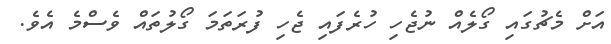
އަށް މެޗުގައި ގޯލެއް ނުޖެހި ހުރެފައި ޖެހި ފުރަތަމަ ގޯލުތައް ވެސްމެ އެވެ.